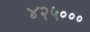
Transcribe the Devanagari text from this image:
४२५०००